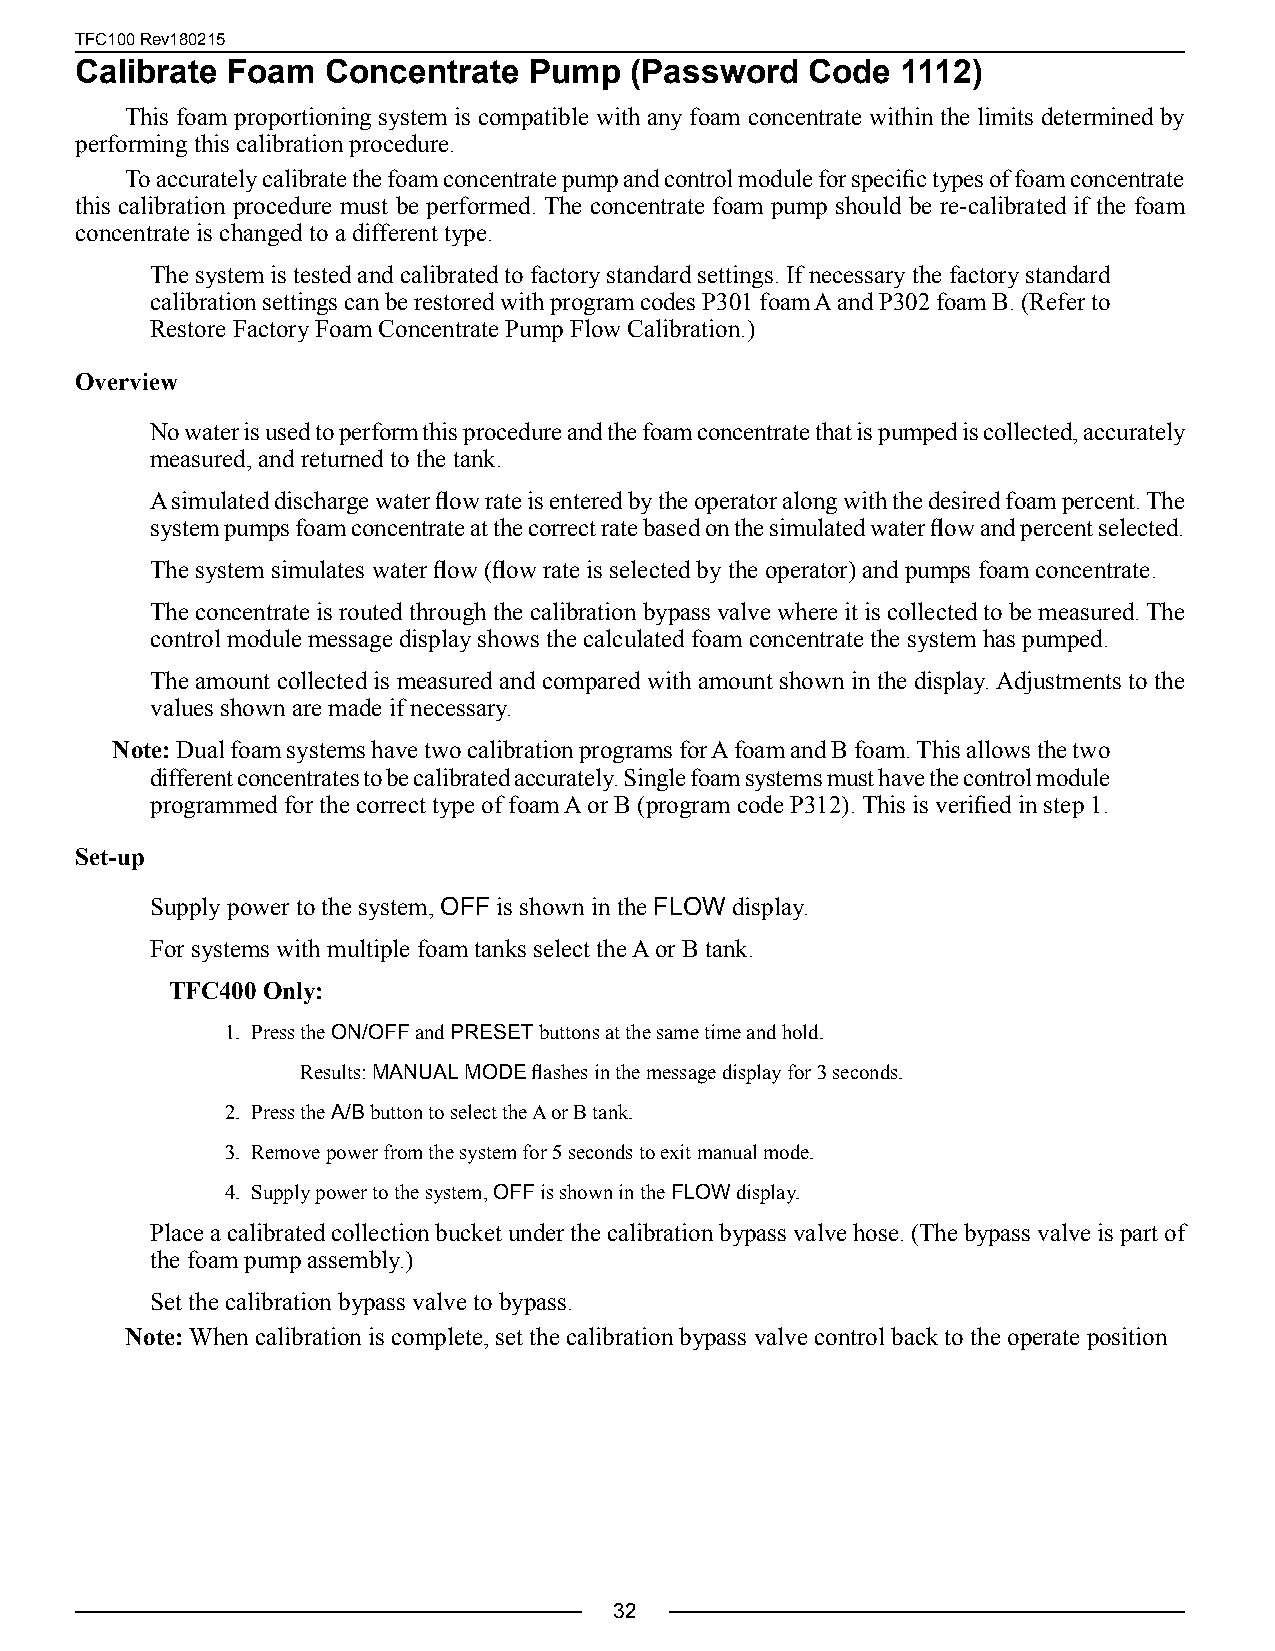
TFC100 Rev180215
 Calibrate Foam   Concentrate  Pump   (Password   Code  1112)
 This foam proportioning system is compatible with any foam concentrate within the limits determined by
 performing this calibration procedure.
 To accurately calibrate the foam concentrate pump and control module for specific types of foam concentrate
 this calibration procedure must be performed. The concentrate foam pump should be re-calibrated if the foam
 concentrate is changed to a different type.
 The system is tested and calibrated to factory standard settings. If necessary the factory standard
 calibration settings can be restored with program codes P301 foam A and P302 foam B. (Refer to
 Restore Factory Foam Concentrate Pump Flow Calibration.)
 Overview
 No water is used to perform this procedure and the foam concentrate that is pumped is collected, accurately
 measured, and returned to the tank.
 A simulated discharge water flow rate is entered by the operator along with the desired foam percent. The
 system pumps foam concentrate at the correct rate based on the simulated water flow and percent selected.
 The system simulates water flow (flow rate is selected by the operator) and pumps foam concentrate.
 The concentrate is routed through the calibration bypass valve where it is collected to be measured. The
 control module message display shows the calculated foam concentrate the system has pumped.
 The amount collected is measured and compared with amount shown in the display. Adjustments to the
 values shown are made if necessary.
 Note: Dual foam systems have two calibration programs for A foam and B foam. This allows the two
 different concentrates to be calibrated accurately. Single foam systems must have the control module
 programmed for the correct type of foam A or B (program code P312). This is verified in step 1.
 Set-up
 Supply power to the system, OFF is shown in the FLOW display.
 For systems with multiple foam tanks select the A or B tank.
 TFC400 Only:
 1. Press the ON/OFF and PRESET buttons at the same time and hold.
 Results: MANUAL MODE flashes in the message display for 3 seconds.
 2. Press the A/B button to select the A or B tank.
 3. Remove power from the system for 5 seconds to exit manual mode.
 4. Supply power to the system, OFF is shown in the FLOW display.
 Place a calibrated collection bucket under the calibration bypass valve hose. (The bypass valve is part of
 the foam pump assembly.)
 Set the calibration bypass valve to bypass.
 Note: When calibration is complete, set the calibration bypass valve control back to the operate position
 32